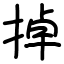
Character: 掉